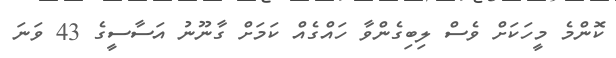
ކޮންމެ މީހަކަށް ވެސް ލިބިގެންވާ ހައްގެއް ކަމަށް ގާނޫނު އަސާސީގެ 43 ވަނަ